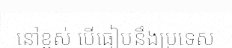
នៅខ្ពស់ បើធៀបនឹងប្រទេស